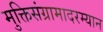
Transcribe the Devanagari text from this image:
मुक्तिसंग्रामादरम्यान